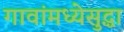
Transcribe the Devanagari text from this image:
गावांमध्येसुद्धा